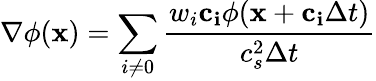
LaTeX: \nabla\phi(\mathbf{x})=\sum_{i\neq 0}\frac{w_{i}\mathbf{c_{i}}\phi(\mathbf{x}+\mathbf{c_{i}}\Delta t)}{c_{s}^{2}\Delta t}